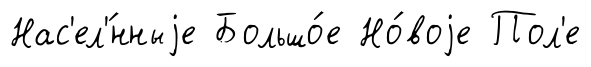
Нас'ел'́нныjе Большо́е Но́воjе Пол'е